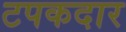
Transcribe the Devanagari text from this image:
टपकदार